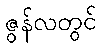
ဇွန်လတွင်